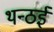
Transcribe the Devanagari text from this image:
थन्ठई